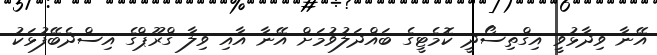
އޭނާ ވިދާޅުވީ އިގްތިސޯދީ ކޮމެޓީގެ ބައްދަލުވުމަށް އޭނާ އާއި ވިލާ ގްރޫޕްގެ އިސްދެބޭފުޅަކު